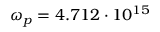
\omega _ { p } = 4 . 7 1 2 \cdot 1 0 ^ { 1 5 }